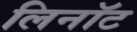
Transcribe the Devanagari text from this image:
लिनॉट